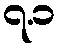
၇.၁